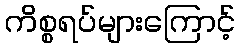
ကိစ္စရပ်များကြောင့်